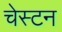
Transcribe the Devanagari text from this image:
चेस्टन